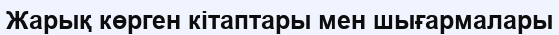
Жарық көрген кітаптары мен шығармалары